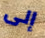
إلى